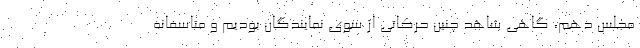
مجلس دهم، گاهی شاهد چنین حرکاتی از سوی نمایندگان بودیم و متاسفانه